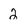
Character: 2